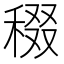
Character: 𥟒